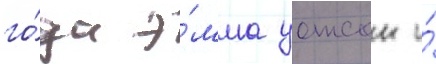
го́да э́мма уотсон и́